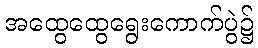
အထွေထွေရွေးကောက်ပွဲ၌